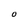
Character: O